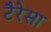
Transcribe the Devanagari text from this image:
टैरेसा